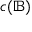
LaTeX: c ( { \mathbb { B } } )